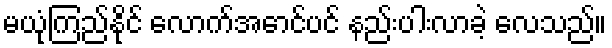
မယုံကြည်နိုင် လောက်အောင်ပင် နည်းပါးလာခဲ့ လေသည်။